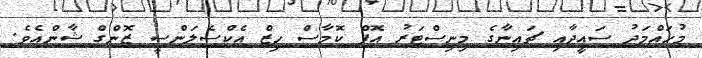
މުހައްމަދު ސައީދާއި ޗައިނާގެ މިނިސްޓަރު އޮފް ކޮމާސް ހިޒް އެކްސެލަންސީ ޒޮންގް ޝާންއެވެ.